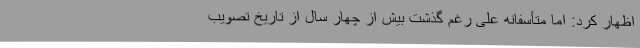
اظهار کرد: اما متأسفانه علی رغم گذشت بیش از چهار سال از تاریخ تصویب